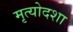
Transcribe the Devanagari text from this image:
मृत्योदशा